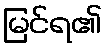
မြင်ရ၏